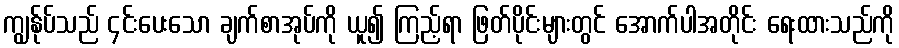
ကျွန်ုပ်သည် ၄င်းပေးသော ချက်စာအုပ်ကို ယူ၍ ကြည့်ရာ ဖြတ်ပိုင်းများတွင် အောက်ပါအတိုင်း ရေးထားသည်ကို